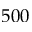
5 0 0